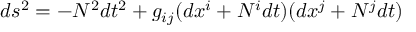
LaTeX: d s ^ { 2 } = - N ^ { 2 } d t ^ { 2 } + g _ { i j } ( d x ^ { i } + N ^ { i } d t ) ( d x ^ { j } + N ^ { j } d t )